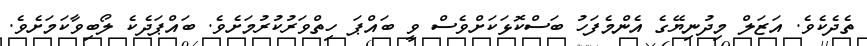
ތެދެކެވެ. އަޒަލް މިދުނިޔޭގެ އެންމެފަހު ބަސްކޮޅަކަށްވެސް ވީ ބައްޕަ ހިތްވަރުކުރުމަށެވެ. ބައްޕަދެކެ ލޯބިވާކަމަށެވެ.